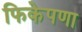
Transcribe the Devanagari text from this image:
फिकेपणा